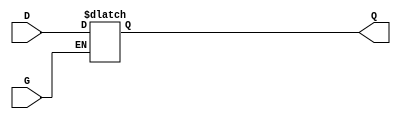
module gated_transparent_latch (
    input wire D,      // Data input
    input wire G,      // Gate/Enable input
    output reg Q       // Output
);

// Always block to implement the latch behavior
always @(*) begin
    if (G) begin
        Q = D;        // When G is high, output follows the data input
    end else begin
        // When G is low, hold the last value of Q
        Q = Q;        // Retain the last value of Q
    end
end

endmodule